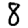
Digit: 8